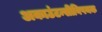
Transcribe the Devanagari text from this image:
अकाउंटन्सीविषयक